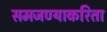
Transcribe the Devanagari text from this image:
समजण्याकरिता